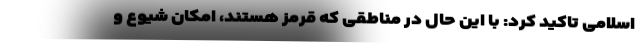
اسلامی تاکید کرد: با این حال در مناطقی که قرمز هستند، امکان شیوع و